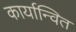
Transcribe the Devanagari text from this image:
कार्यान्‍वित